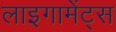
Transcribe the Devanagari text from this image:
लाइगामेंट्स